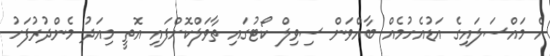
އެ މައްސަލައިގެ އަޑުއެހުމެއް ބާއްވަން ސިވިލް ކޯޓުގައި ތާވަލްކޮށްފައި އޮތީ މިއަދު މެންދުރުފަހު